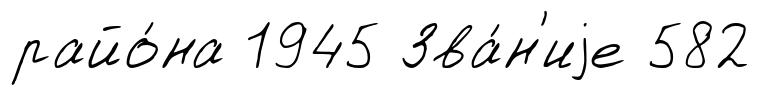
райо́на 1945 Зва́н'иjе 582